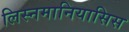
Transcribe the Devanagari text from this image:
लिस्नमानियासिस